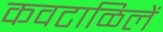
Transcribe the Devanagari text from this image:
कवटाळिलें